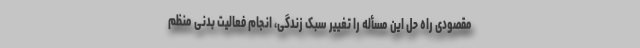
مقصودی راه حل این مسأله را تغییر سبک زندگی، انجام فعالیت بدنی منظم